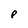
Character: P